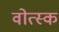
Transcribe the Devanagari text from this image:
वोत्स्क